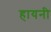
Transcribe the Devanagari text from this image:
हायनी